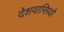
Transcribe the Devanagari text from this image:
देशवासियो